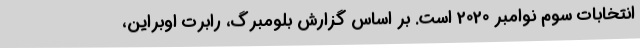
انتخابات سوم نوامبر 2020 است. بر اساس گزارش بلومبرگ،‌ رابرت اوبراین،